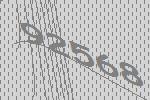
92568